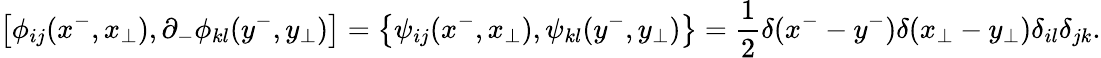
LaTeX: \left[\phi_{ij}(x^{-},x_{\perp}),\partial_{-}\phi_{kl}(y^{-},y_{\perp})\right]=\left\{ \psi_{ij}(x^{-},x_{\perp}),\psi_{kl}(y^{-},y_{\perp})\right\} =\frac{1}{2}\delta(x^{-}-y^{-})\delta(x_{\perp}-y_{\perp})\delta_{il}\delta_{jk}.